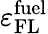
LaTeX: \varepsilon_{\mathrm{FL}}^{\mathrm{fuel}}